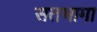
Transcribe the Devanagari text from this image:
सतभामा